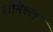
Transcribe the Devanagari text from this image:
रामिल्ल